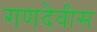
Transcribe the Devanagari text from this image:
गणदेवीस